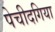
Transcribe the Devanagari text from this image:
पेचीदगिया